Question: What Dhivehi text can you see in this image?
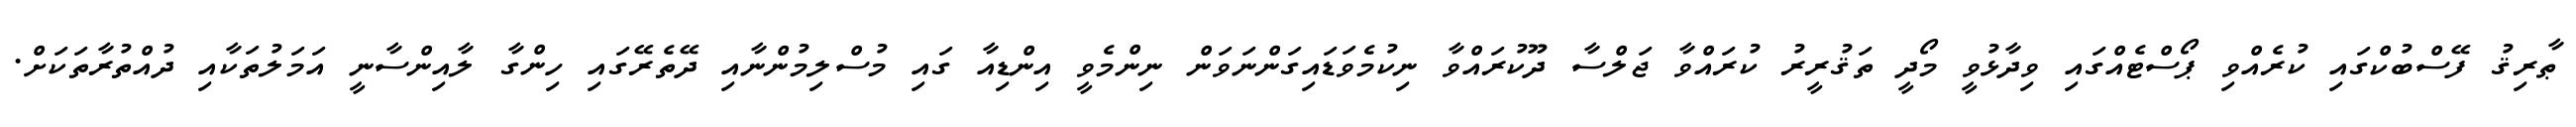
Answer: ޠާރިޤު ފޭސްބުކްގައި ކުރެއްވި ޕޯސްޓެއްގައި ވިދާޅުވީ މޯދީ ތަޤުރީރު ކުރައްވާ ޖަލްސާ ދޫކުރައްވާ ނިކުމެވަޑައިގަންނަވަން ނިންމެވީ އިންޑިއާ ގައި މުސްލިމުންނާއި ދޭތެރޭގައި ހިންގާ ލާއިންސާނީ އަމަލުތަކާއި ދުއްތުރާތަކަށް.